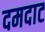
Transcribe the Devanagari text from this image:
दमदाट